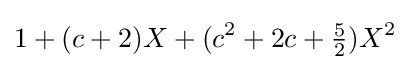
1+(c+2)X+(c^{2}+2c+{\tfrac {5}{2}})X^{2}